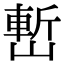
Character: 㟻